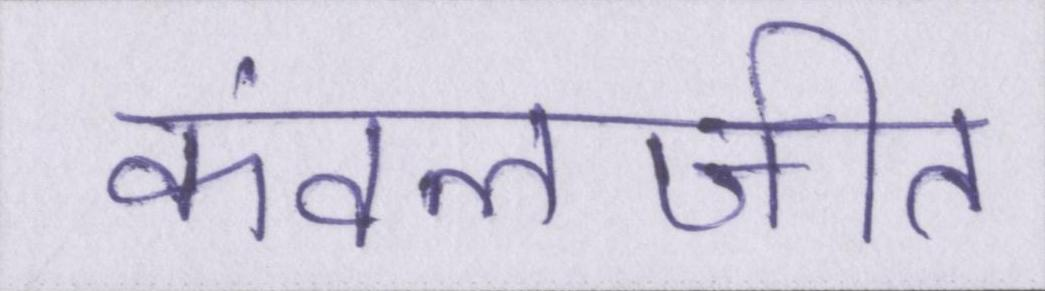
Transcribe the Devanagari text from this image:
कंवलजीत